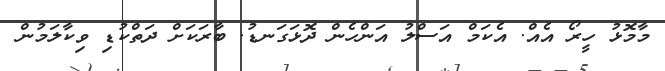
މާމޮޅު ހީރޯ އެއް. އެކަމް އަސްލު އަންހެން ދޮޅަގަނޑު. ބާރަކަށް ދަތްކުޑި ވިކާލަމުން